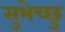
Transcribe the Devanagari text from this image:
सुभेच्छु